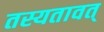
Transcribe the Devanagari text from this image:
तस्यतावत्